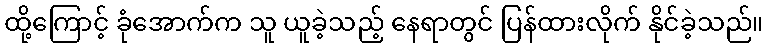
ထို့ကြောင့် ခုံအောက်က သူ ယူခဲ့သည့် နေရာတွင် ပြန်ထားလိုက် နိုင်ခဲ့သည်။